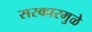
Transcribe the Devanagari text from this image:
सरकारमुळे